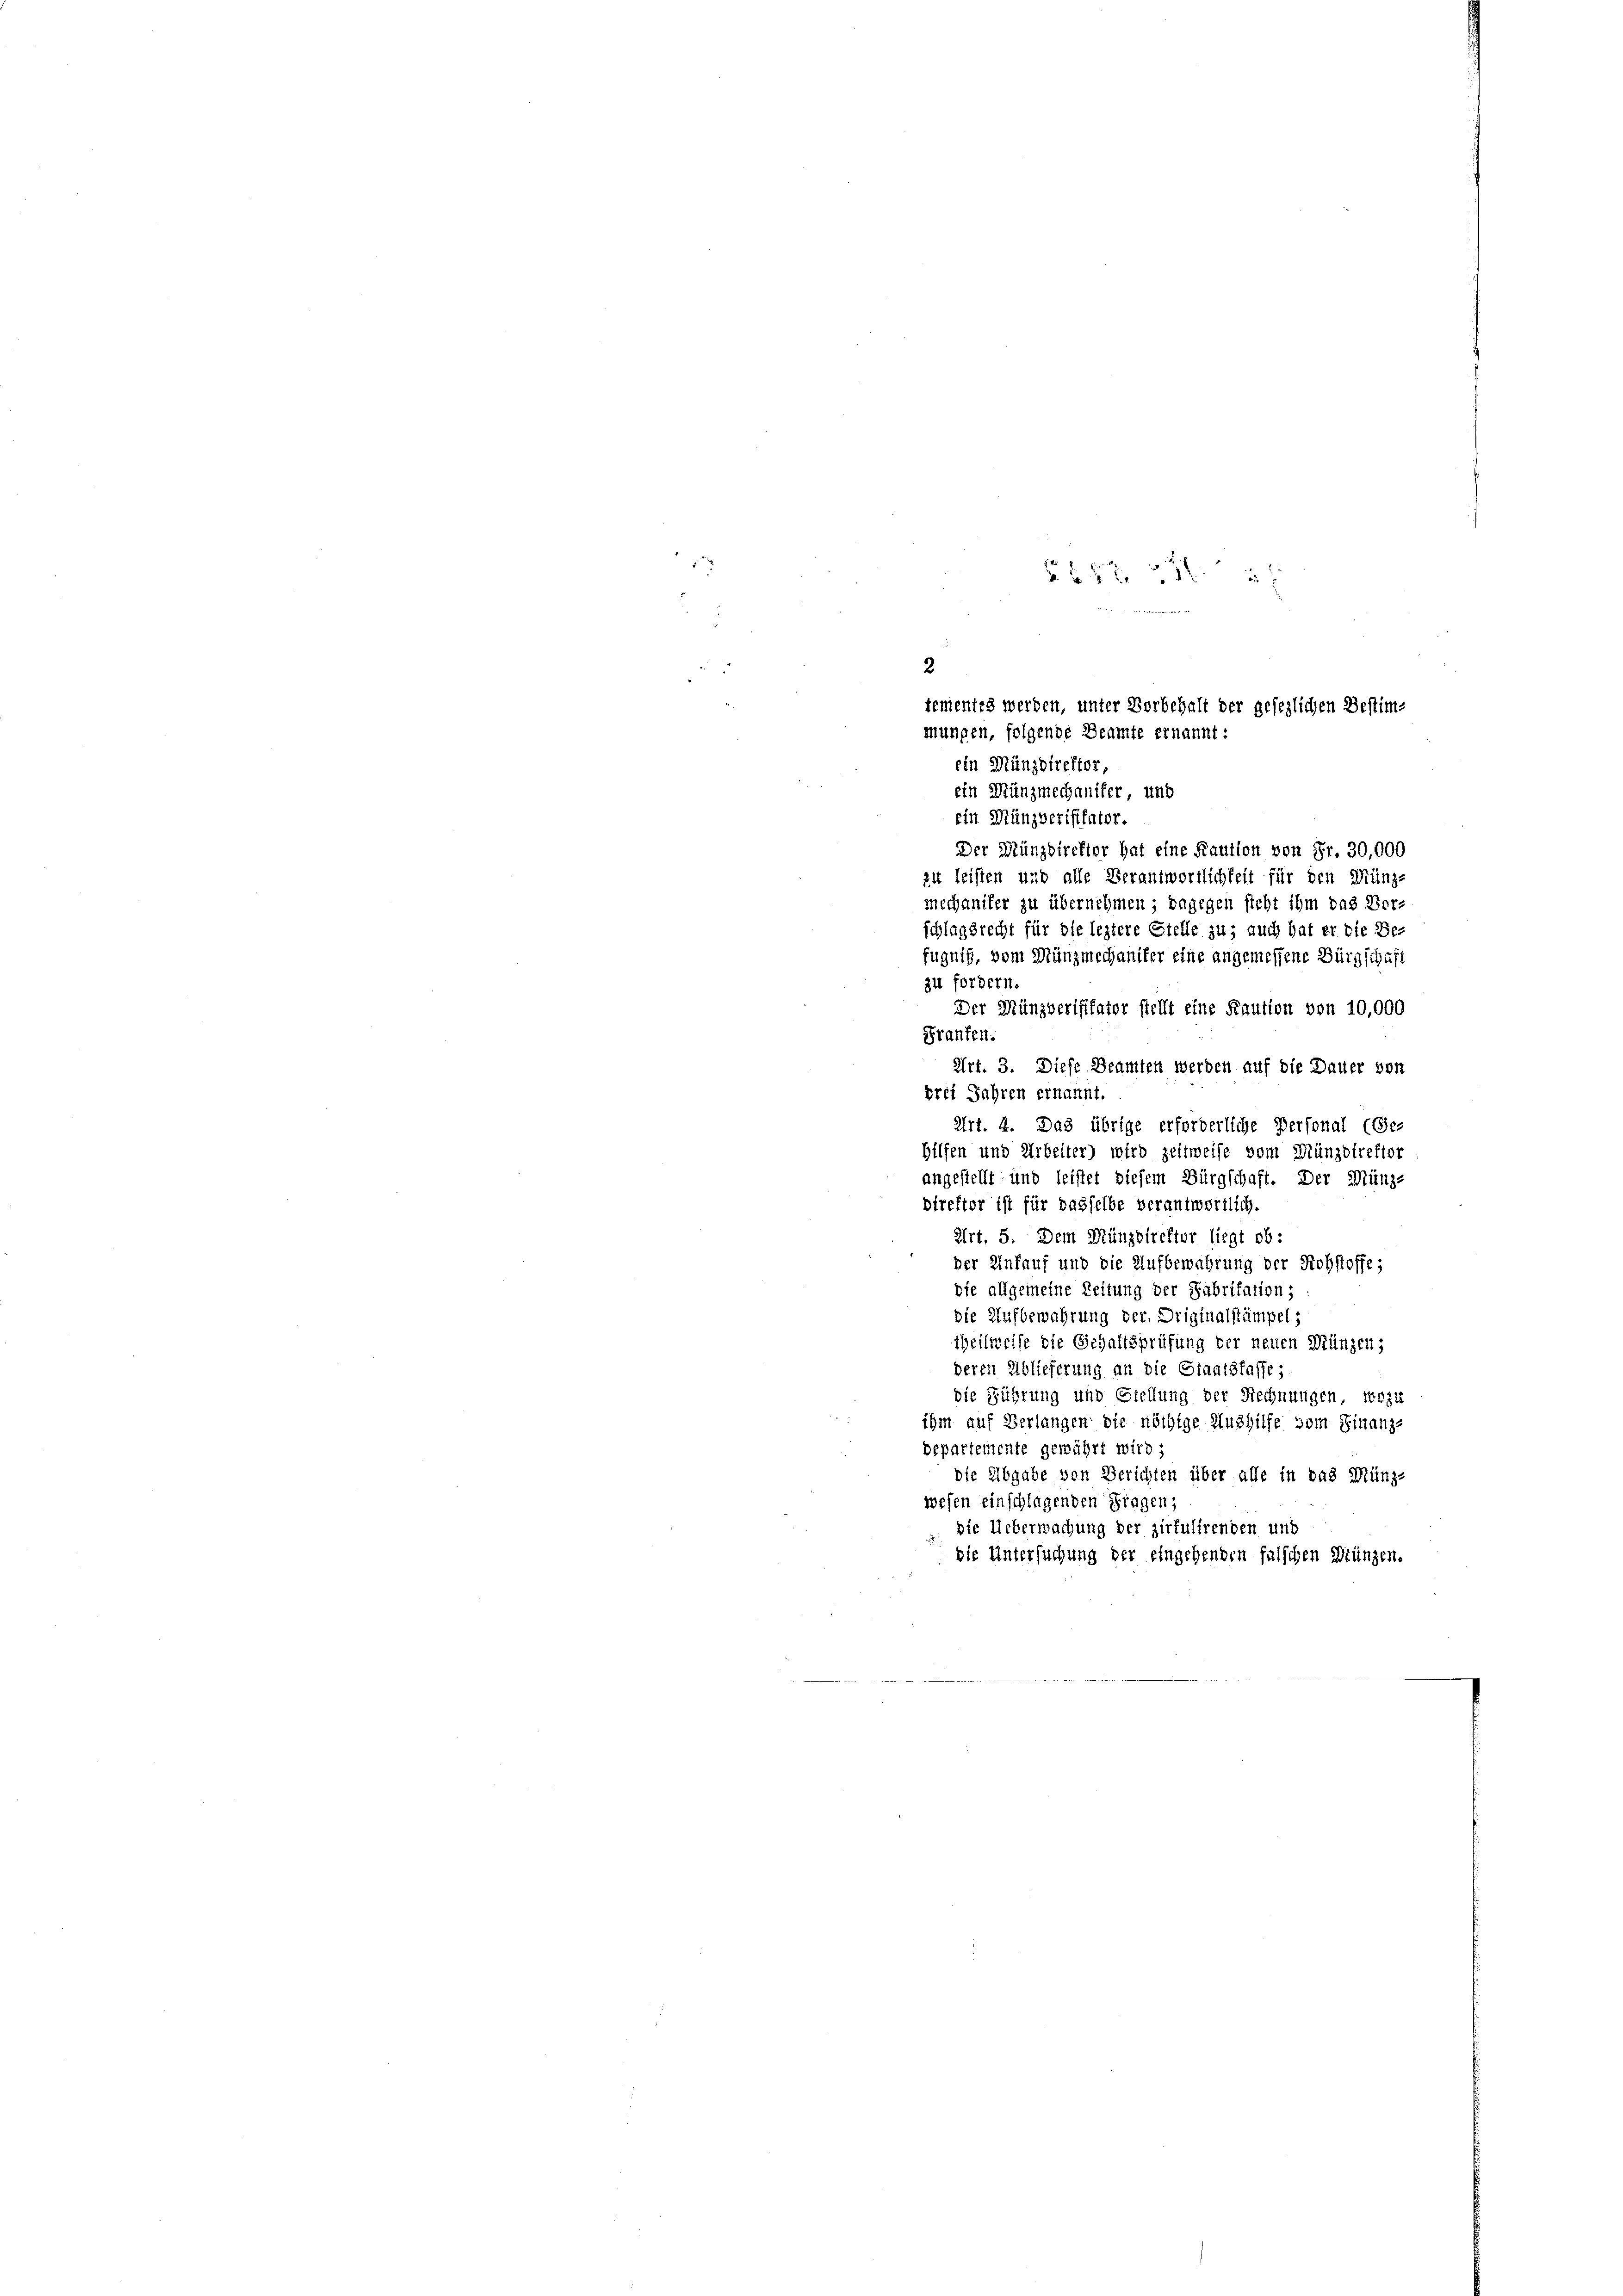
282
2
tementes werden, unter Vorbehalt der gesezlichen Bestim-
mungen, folgende Beamte ernannt:
ein Münzdirektor,

ein Münzmechaniker, und
ein Münzverifikator.
Der Münzdirektor hat eine Kaution von Fr. 30,000
zu leisten und alle Verantwortlichkeit für den Münz-
mechaniker zu übernehmen; dagegen sieht ihm das Vor-
schlagsrecht für die leztere Stelle zu; auch hat er die Be-
fugnis, vom Münzmechaniker eine angemessene Bürgschaft
zu fordern
Der Münzverifikator stellt eine Kaution von 10,000
Franken.
Art. 3. Diese Beamten werden auf die Dauer von
drei Jahren ernannt.
Art. 4. Das übrige erforderliche Personal (Ge-
hilfen und Arbeiter) wird zeitweise vom Münzstreffor
angestellt und leistet diesem Bürgschaft. Der Münz-
direktor ist für dasselbe verantwortlich.
Art. 5. Dem Münzdirefter liegt ob:
 der Unfauf und die Aufbewahrung der Rohstoffe;
die allgemeine Zeitung der Fabritation;
die Aufbewahrung der Driginalstümpel:
theilweise die Schaltsprüfung der neuen Münzen,
deren Ablieferung an die Staatsfasse;
die Führung und Stellung der Rechnungen, wozu
ihm auf Verlangen die nöthige Aushilfe vom Finanz-
departemente gewährt wird;
die Abgabe von Berichten über alle in das Münz-
wesen einschlagenden Fragen;
ste Ueberwachung der zirkulirenden und
die Untersuchung der eingehenden falschen Münzen.